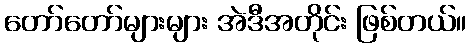
တော်တော်များများ အဲဒီအတိုင်း ဖြစ်တယ်။